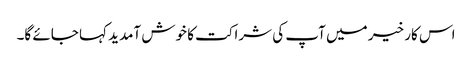
اس کار خیر میں آپ کی شراکت کا خوش آمدید کہا جائے گا۔